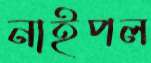
নাইপল